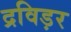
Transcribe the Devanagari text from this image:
द्रविड़र